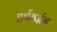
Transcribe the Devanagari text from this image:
हर्षबर्द्धन